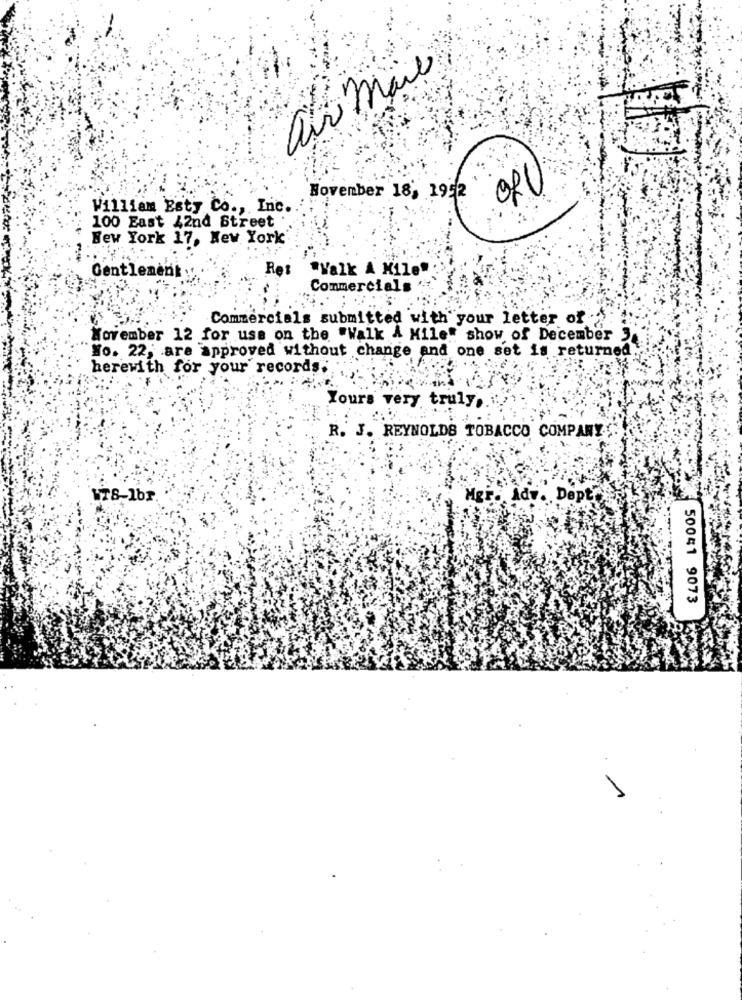
air mail
Ofl
November 18, 1952
William Esty Co ., Inc.
100 East 42nd Street .
New York 17, New York
"Valk A Mile"
Gentlement:
Ret
Commercials
Commercials submitted with your letter of "
November 12 for use on the "Walk & Mile" show of December
Wo. 22, are approved without change and one set is returned
herewith for your records;
Yours very truly,
R. J. REYNOLDS TOBACCO COMPANY
WTB-1br.
Mgr. Adv. Dept"
50041 9073